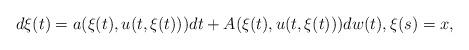
LaTeX: \begin{align*}d\xi(t)=a(\xi(t),u(t,\xi(t)))dt +A(\xi(t),u(t,\xi(t)))dw(t),\xi(s)=x,\end{align*}